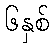
၆နှစ်